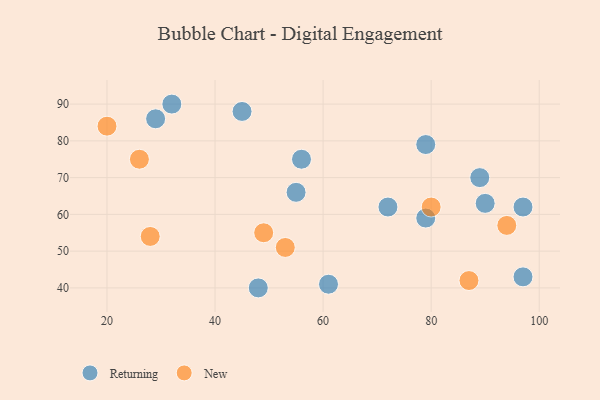
{"axis": {"x": "GDP", "y": "Life Expectancy"}, "legend": ["New", "Returning"], "data": [{"x": "79", "y": 79, "type": "Returning"}, {"x": "29", "y": 86, "type": "Returning"}, {"x": "79", "y": 59, "type": "Returning"}, {"x": "32", "y": 90, "type": "Returning"}, {"x": "97", "y": 43, "type": "Returning"}, {"x": "48", "y": 40, "type": "Returning"}, {"x": "89", "y": 70, "type": "Returning"}, {"x": "55", "y": 66, "type": "Returning"}, {"x": "45", "y": 88, "type": "Returning"}, {"x": "90", "y": 63, "type": "Returning"}, {"x": "72", "y": 62, "type": "Returning"}, {"x": "97", "y": 62, "type": "Returning"}, {"x": "61", "y": 41, "type": "Returning"}, {"x": "56", "y": 75, "type": "Returning"}, {"x": "80", "y": 62, "type": "New"}, {"x": "28", "y": 54, "type": "New"}, {"x": "20", "y": 84, "type": "New"}, {"x": "26", "y": 75, "type": "New"}, {"x": "53", "y": 51, "type": "New"}, {"x": "49", "y": 55, "type": "New"}, {"x": "94", "y": 57, "type": "New"}, {"x": "87", "y": 42, "type": "New"}]}